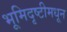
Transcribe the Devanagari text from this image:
भूमिदृष्टीमधून